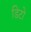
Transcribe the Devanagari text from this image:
डिटो